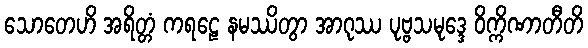
သောတေဟိ အရိတ္တံ ကရဠေ နမဿိတွာ အာဂုဿ ပုဗ္ဗသမုဒ္ဒေ ဝိက္ကိဏာတီတိ